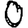
Digit: 0